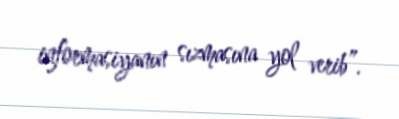
informasiyanın sızmasına yol verib”.